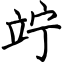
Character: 竚